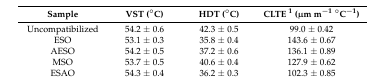
<table><thead><tr><td><b>Sample</b></td><td><b>VST (°C)</b></td><td><b>HDT (°C)</b></td><td><b>CLTE <sup>1</sup> (μm m<sup>−1</sup> °C<sup>−1</sup>)</b></td></tr></thead><tbody><tr><td>Uncompatibilized</td><td>54.2 ± 0.6</td><td>42.3 ± 0.5</td><td>99.0 ± 0.42</td></tr><tr><td>ESO</td><td>53.1 ± 0.3</td><td>35.8 ± 0.4</td><td>143.6 ± 0.67</td></tr><tr><td>AESO</td><td>54.2 ± 0.5</td><td>37.2 ± 0.6</td><td>136.1 ± 0.89</td></tr><tr><td>MSO</td><td>53.7 ± 0.5</td><td>40.6 ± 0.4</td><td>127.9 ± 0.62</td></tr><tr><td>ESAO</td><td>54.3 ± 0.4</td><td>36.2 ± 0.3</td><td>102.3 ± 0.85</td></tr></tbody></table>